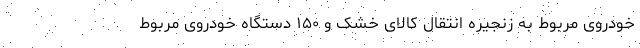
خودروی مربوط به زنجیره انتقال کالای خشک و ۱۵۰ دستگاه خودروی مربوط